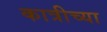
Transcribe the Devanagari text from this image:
कात्रीच्या